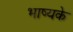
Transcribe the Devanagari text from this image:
भाष्यके